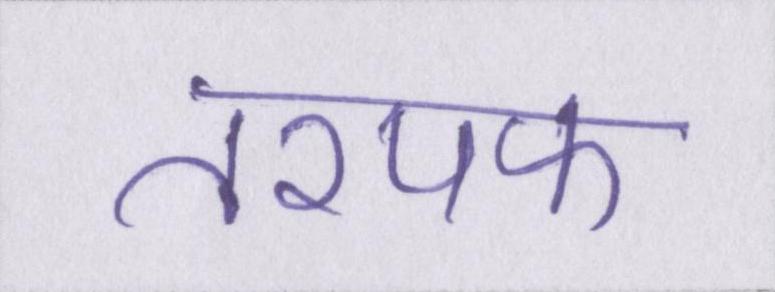
तरपफ